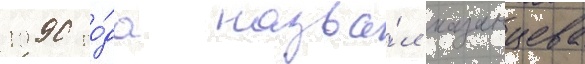
1990 го́да назва́л казанцева